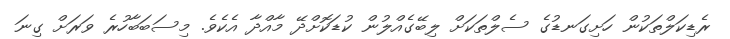
ރެޑިކަލްތަކުން ހަށިގަނޑުގެ ސެލްތަކަށް ލިބޭގެއްލުން ކުޑަކޮށްދޭ މާއްދާ އެކެވެ. މިސަބަބާހުރެ ވަރަށް ގިނަ